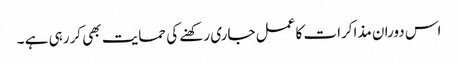
اس دوران مذاکرات کا عمل جاری رکھنے کی حمایت بھی کررہی ہے ۔